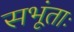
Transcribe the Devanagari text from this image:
सभूंताः